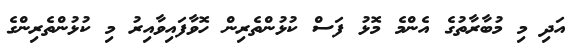
އަދި މި މުބާރާތުގެ އެންމެ މޮޅު ފަސް ކުޅުންތެރިން ހޮވާފައިވާއިރު މި ކުޅުންތެރިންގެ